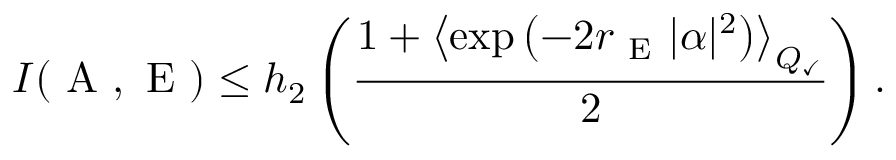
I ( \mathrm { ~ A ~ } , \mathrm { ~ E ~ } ) \leq h _ { 2 } \left( \frac { 1 + \left\langle \exp \left( - 2 r _ { \mathrm { ~ E ~ } } | \alpha | ^ { 2 } \right) \right\rangle _ { Q _ { \checkmark } } } { 2 } \right) .